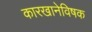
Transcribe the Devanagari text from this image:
कारखानेविषक